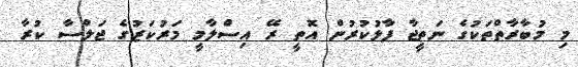
މި މުބާރާތްތަކުގެ ނަތީޖާ ފާޅުކުރުން އޮތީ ރޭ އިސްލާމީ މަރުކަޒުގެ ޖަލްސާ ކުރާ